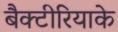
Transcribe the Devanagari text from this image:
बैक्टीरियाके